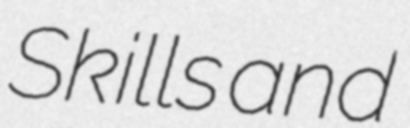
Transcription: Skills and